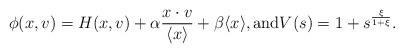
LaTeX: \begin{align*}\phi (x,v) = H(x,v) + \alpha \frac{x \cdot v}{\langle x \rangle } + \beta \langle x \rangle, \mbox{and} V(s) = 1 + s^{\frac{\xi}{1+\xi}}.\end{align*}